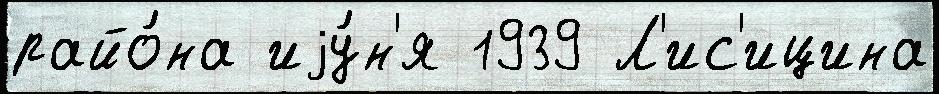
райо́на иjу́н'я 1939 Л'ис'ицина